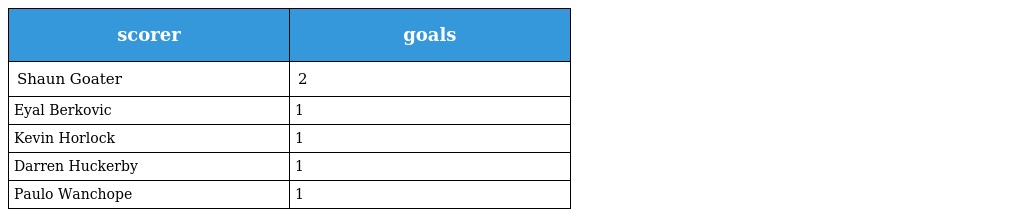
| scorer | goals |
 | --- | --- |
 | Shaun Goater | 2 |
 | Eyal Berkovic | 1 |
 | Kevin Horlock | 1 |
 | Darren Huckerby | 1 |
 | Paulo Wanchope | 1 |